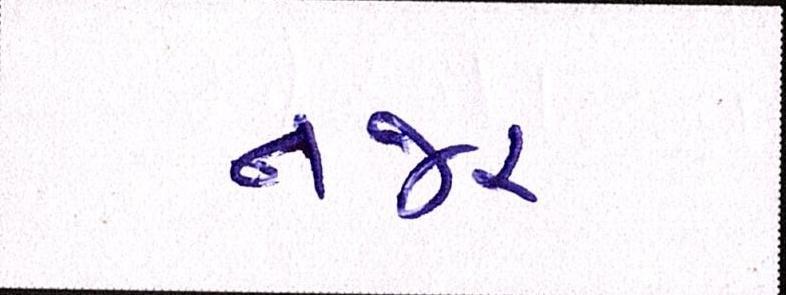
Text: નજર